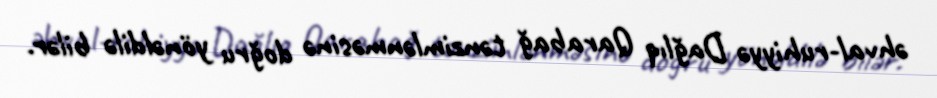
əhval-ruhiyyə Dağlıq Qarabağ tənzimlənməsinə doğru yönəldilə bilər.